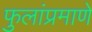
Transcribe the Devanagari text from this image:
फुलांप्रमाणे